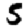
Digit: 5